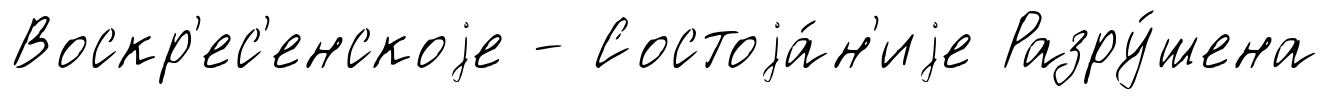
Воскр'ес'енскоjе - Состоjа́н'иjе Разру́шена